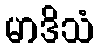
မာဒိသံ